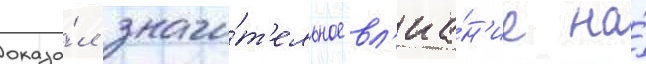
оказа́л значи́т'ельное вл'иа́н'ие на́